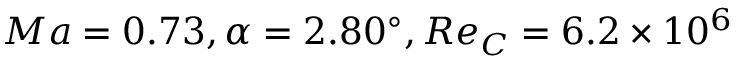
M a = 0 . 7 3 , \alpha = 2 . 8 0 ^ { \circ } , R e _ { C } = 6 . 2 \times 1 0 ^ { 6 }